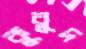
কুবুদ